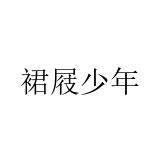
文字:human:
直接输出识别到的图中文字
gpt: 裙屐少年